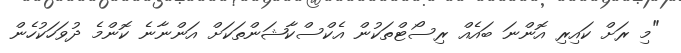
"މި ރަށް ކައިރި އޮންނަ ބައެއް ރިސޯޓްތަކުން އެކްސްކާޝަންތަކަށް އަންނާނެ ކޮންމެ ދުވަހަކުހެން